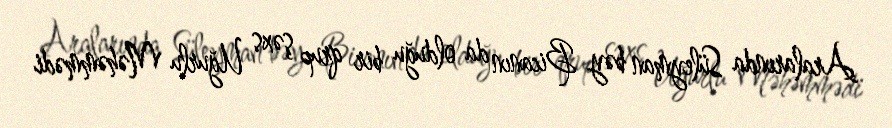
Aralarında Süleyman bəy Bicanın da olduğu bir qrup şəxs Uğurlu Məhəmmədi